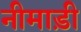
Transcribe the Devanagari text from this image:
नीमाड़ी